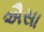
ઐસા